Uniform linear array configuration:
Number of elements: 48
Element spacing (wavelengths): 1
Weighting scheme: binomial
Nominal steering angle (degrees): -30
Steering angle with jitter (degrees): -29.547
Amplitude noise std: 0.05
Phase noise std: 0.05

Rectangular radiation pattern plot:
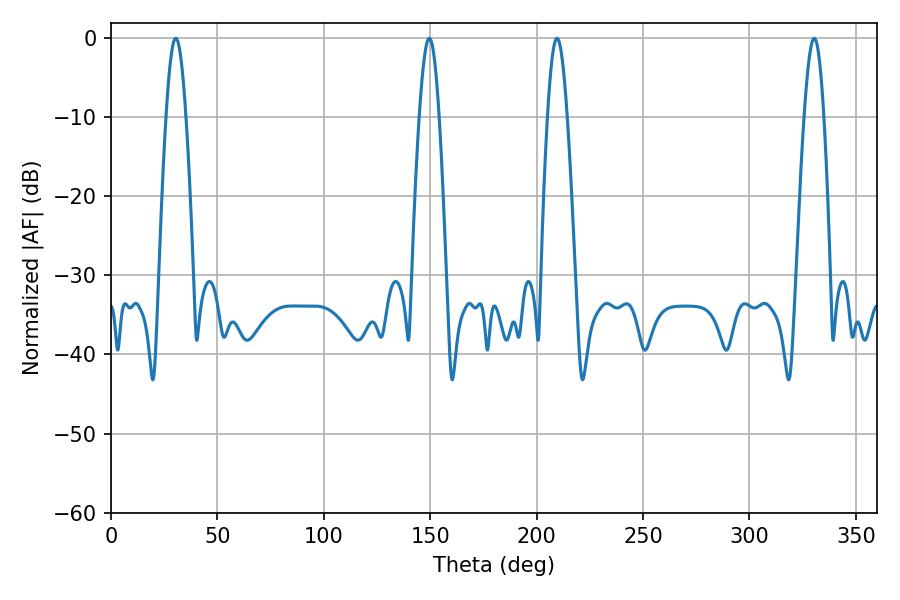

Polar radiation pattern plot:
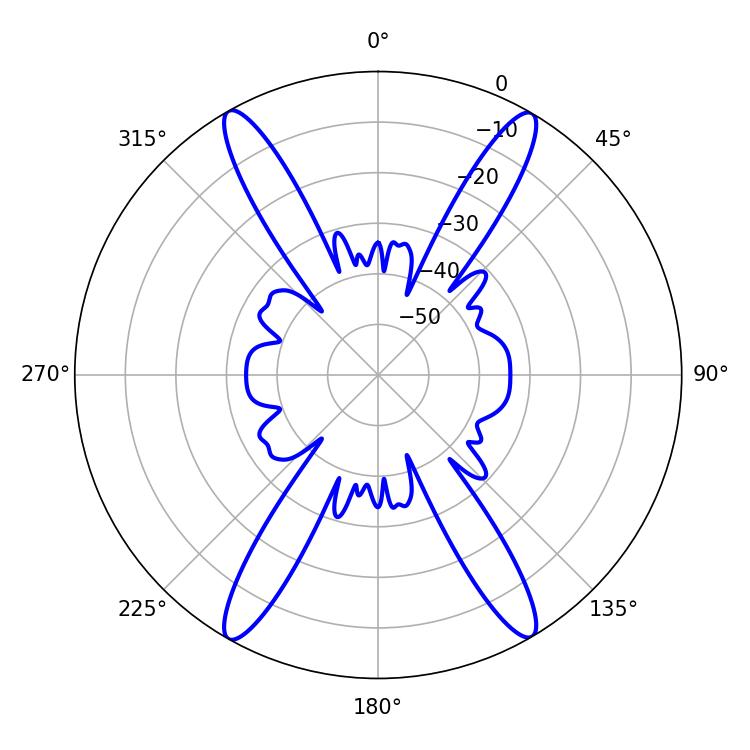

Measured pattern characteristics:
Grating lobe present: TRUE
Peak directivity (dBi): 27.955
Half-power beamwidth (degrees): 5.04
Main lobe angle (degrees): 30.42